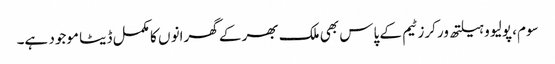
سوم، پولیو و ہیلتھ ورکرز ٹیم کے پاس بھی ملک بھر کے گھرانو ں کا مکمل ڈیٹا موجود ہے۔